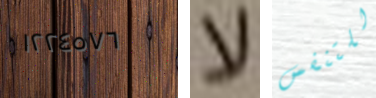
١٢٢٤٥٧٦ لا للتنفس